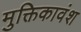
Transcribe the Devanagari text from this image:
मुक्तिकावंश